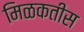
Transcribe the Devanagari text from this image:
मिळकतीस